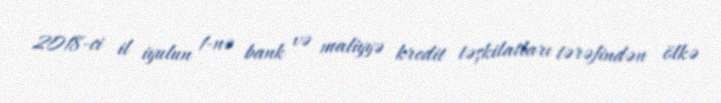
2018-ci il iyulun 1-nə bank və maliyyə kredit təşkilatları tərəfindən ölkə